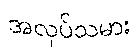
အလုပ်သမား